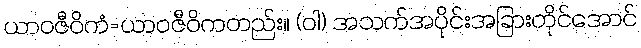
ယာဝဇီဝိကံ=ယာဝဇီဝိကတည်း။ (ဝါ) အသက်အပိုင်းအခြားတိုင်အောင်